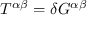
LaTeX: T ^ { \alpha \beta } = \delta G ^ { \alpha \beta }